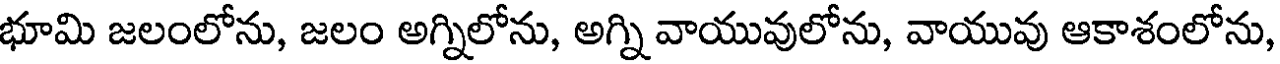
భూమి జలంలోను, జలం అగ్నిలోను, అగ్ని వాయువులోను, వాయువు ఆకాశంలోను,